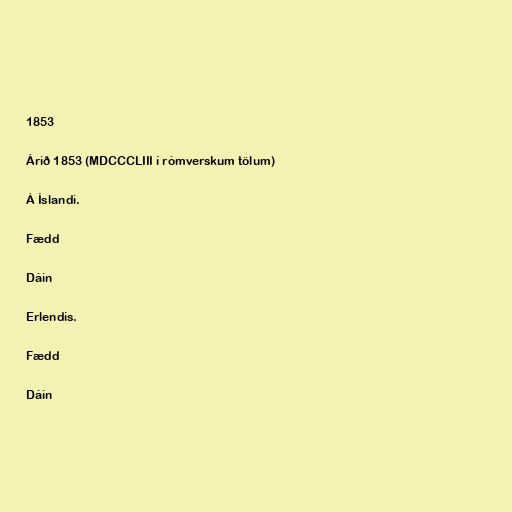
1853

Árið 1853 (MDCCCLIII í rómverskum tölum)

Á Íslandi.

Fædd

Dáin

Erlendis.

Fædd

Dáin